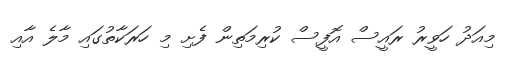
މިއަދު ހަވީރު ރައީސް އޮފީސް ކުރިމަތިން ފެށި މި ހަރަކާތުގައި މާލެ އާއި